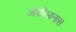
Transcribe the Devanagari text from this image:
ओसीआनास